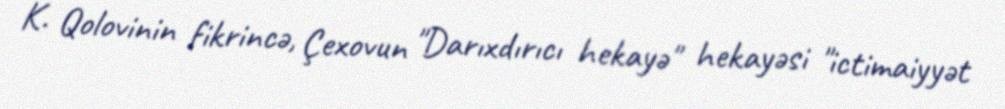
K. Qolovinin fikrincə, Çexovun "Darıxdırıcı hekayə" hekayəsi "ictimaiyyət